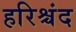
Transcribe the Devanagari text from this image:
हरिश्चंद